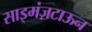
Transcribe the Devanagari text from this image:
साइमंज़टाऊन